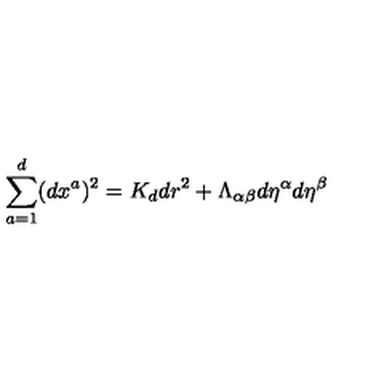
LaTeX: \sum _ { a = 1 } ^ { d } ( d x ^ { a } ) ^ { 2 } = K _ { d } d r ^ { 2 } + \Lambda _ { \alpha \beta } d \eta ^ { \alpha } d \eta ^ { \beta }